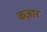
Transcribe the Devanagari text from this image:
कज़ार